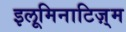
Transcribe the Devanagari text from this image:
इलूमिनाटिज़्म